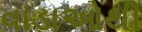
વાડાઓથી